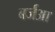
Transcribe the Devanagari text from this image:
बर्जआ